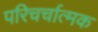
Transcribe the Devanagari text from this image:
परिचर्चात्मक